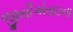
જીસીએસઇના